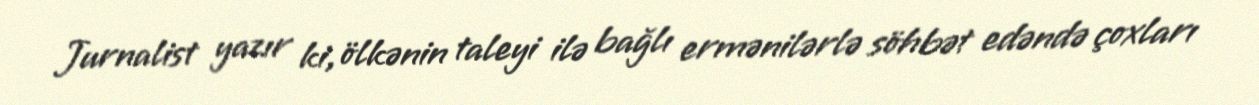
Jurnalist yazır ki, ölkənin taleyi ilə bağlı ermənilərlə söhbət edəndə çoxları